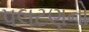
પલટણનો